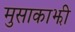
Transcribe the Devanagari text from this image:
मुसाकाझी